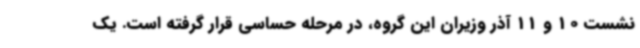
نشست 10 و 11 آذر وزیران این گروه، در مرحله حساسی قرار گرفته است. یک